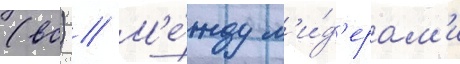
(вс) // М'е́жду л'и́д'ерам'и